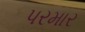
પરમાર